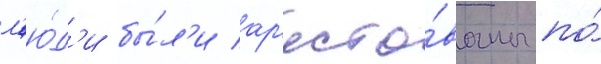
л'ю́д'и бы́л'и ар'есто́ваны по́